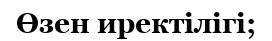
Өзен иректілігі;